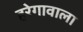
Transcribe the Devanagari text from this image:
हरेगावाला